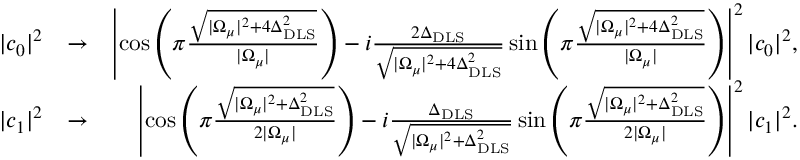
\begin{array} { r l r } { | c _ { 0 } | ^ { 2 } } & { \rightarrow } & { \left| \cos \left( \pi \frac { \sqrt { | \Omega _ { \mu } | ^ { 2 } + 4 \Delta _ { \mathrm { D L S } } ^ { 2 } } } { | \Omega _ { \mu } | } \right) - i \frac { 2 \Delta _ { \mathrm { D L S } } } { \sqrt { | \Omega _ { \mu } | ^ { 2 } + 4 \Delta _ { \mathrm { D L S } } ^ { 2 } } } \sin \left( \pi \frac { \sqrt { | \Omega _ { \mu } | ^ { 2 } + 4 \Delta _ { \mathrm { D L S } } ^ { 2 } } } { | \Omega _ { \mu } | } \right) \right| ^ { 2 } | c _ { 0 } | ^ { 2 } , } \\ { | c _ { 1 } | ^ { 2 } } & { \rightarrow } & { \left| \cos \left( \pi \frac { \sqrt { | \Omega _ { \mu } | ^ { 2 } + \Delta _ { \mathrm { D L S } } ^ { 2 } } } { 2 | \Omega _ { \mu } | } \right) - i \frac { \Delta _ { \mathrm { D L S } } } { \sqrt { | \Omega _ { \mu } | ^ { 2 } + \Delta _ { \mathrm { D L S } } ^ { 2 } } } \sin \left( \pi \frac { \sqrt { | \Omega _ { \mu } | ^ { 2 } + \Delta _ { \mathrm { D L S } } ^ { 2 } } } { 2 | \Omega _ { \mu } | } \right) \right| ^ { 2 } | c _ { 1 } | ^ { 2 } . } \end{array}